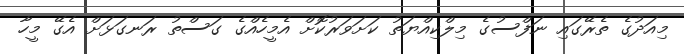
މިއަދުގެ ތެރޭގައި ނަފްސުގެ މިލްކިއްޔަތު ކަށަވަރުކޮށް އެމީހެއްގެ ގަސްތު ރަނގަޅަށް އެގޭ މީހާ